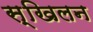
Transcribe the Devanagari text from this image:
स्खिलन